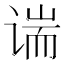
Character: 𫍱